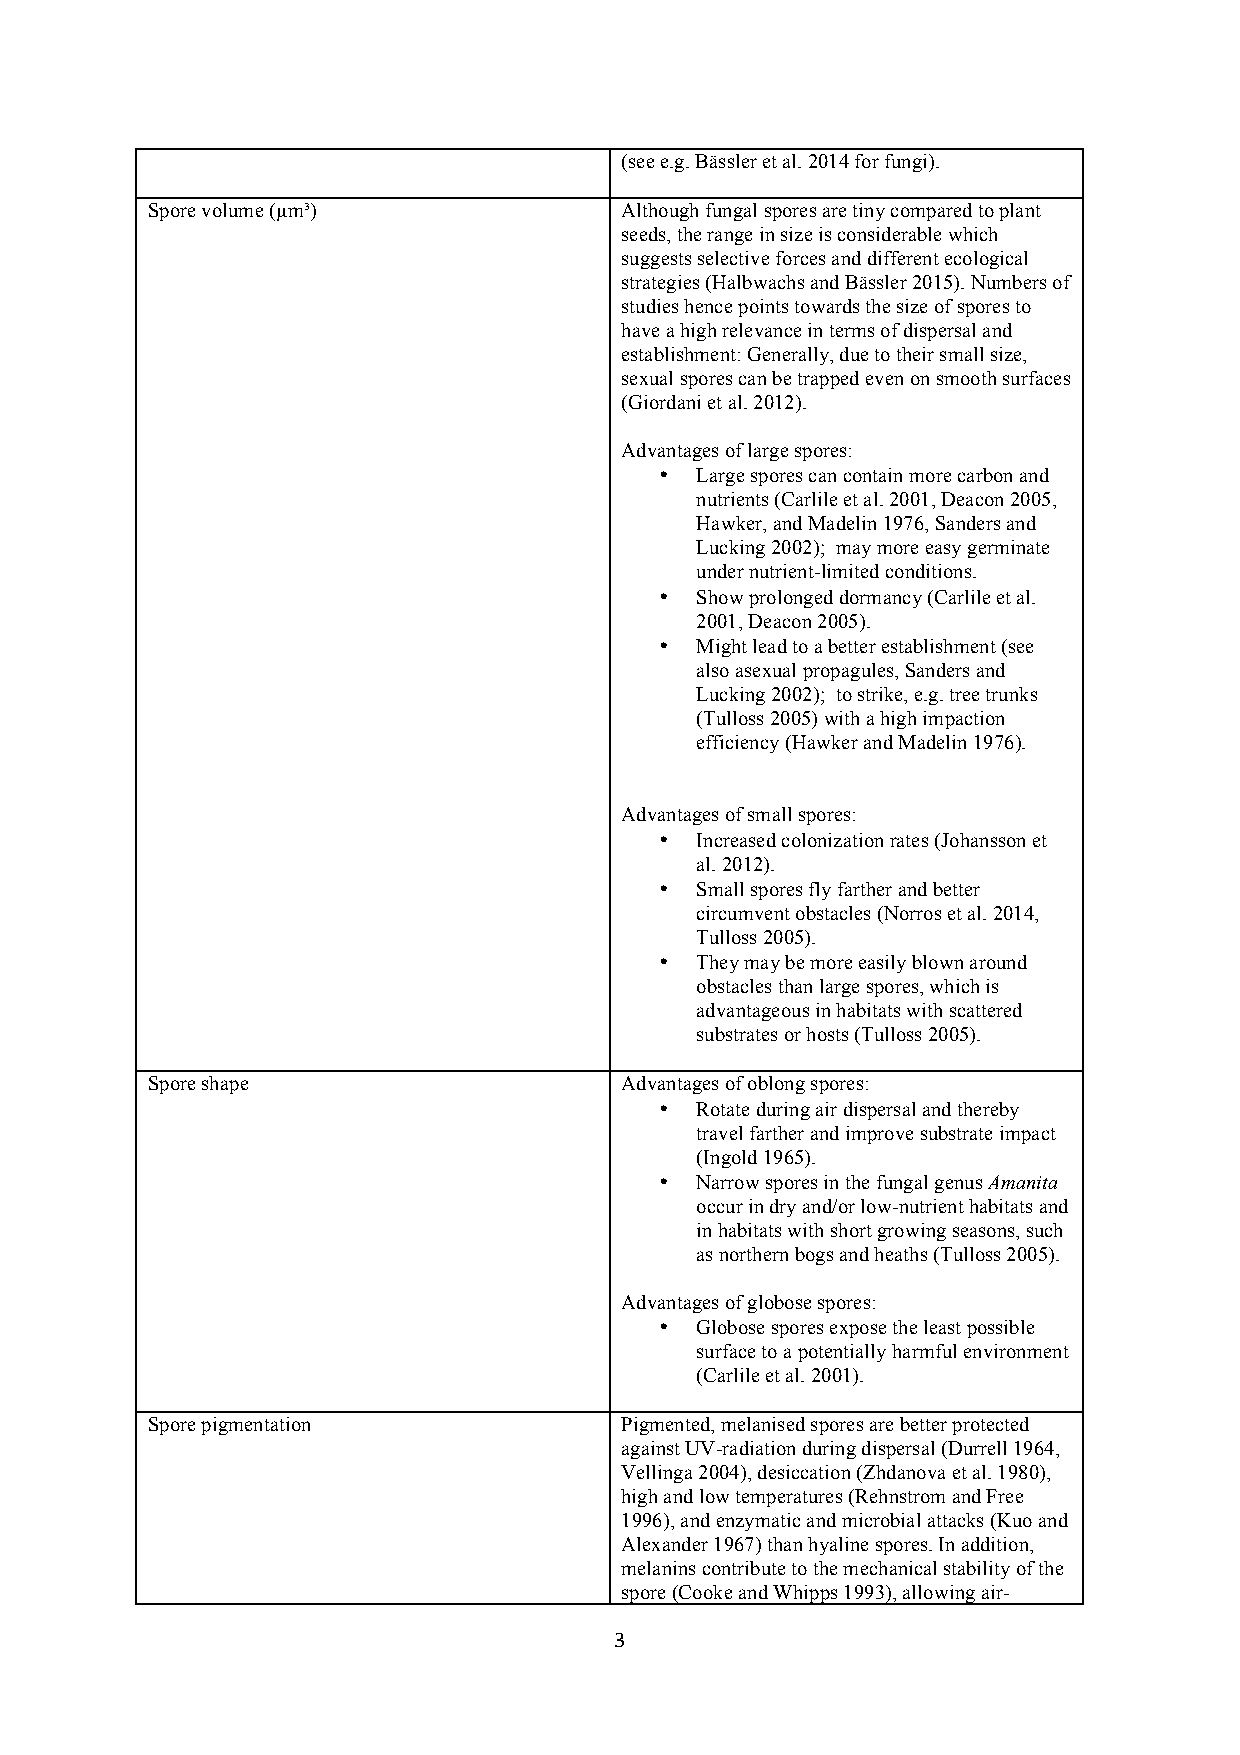
(see e.g. Bässler et al. 2014 for fungi).
 Spore volume (µm³)             Although fungal spores are tiny compared to plant
 seeds, the range in size is considerable which
 suggests selective forces and different ecological
 strategies (Halbwachs and Bässler 2015). Numbers of
 studies hence points towards the size of spores to
 have a high relevance in terms of dispersal and
 establishment: Generally, due to their small size,
 sexual spores can be trapped even on smooth surfaces
 (Giordani et al. 2012).
 Advantages of large spores:
 • Large spores can contain more carbon and
 nutrients (Carlile et al. 2001, Deacon 2005,
 Hawker, and Madelin 1976, Sanders and
 Lucking 2002); may more easy germinate
 under nutrient-limited conditions.
 • Show prolonged dormancy (Carlile et al.
 2001, Deacon 2005).
 • Might lead to a better establishment (see
 also asexual propagules, Sanders and
 Lucking 2002); to strike, e.g. tree trunks
 (Tulloss 2005) with a high impaction
 efficiency (Hawker and Madelin 1976).
 Advantages of small spores:
 • Increased colonization rates (Johansson et
 al. 2012).
 • Small spores fly farther and better
 circumvent obstacles (Norros et al. 2014,
 Tulloss 2005).
 • They may be more easily blown around
 obstacles than large spores, which is
 advantageous in habitats with scattered
 substrates or hosts (Tulloss 2005).
 Spore shape                    Advantages of oblong spores:
 • Rotate during air dispersal and thereby
 travel farther and improve substrate impact
 (Ingold 1965).
 • Narrow spores in the fungal genus Amanita
 occur in dry and/or low-nutrient habitats and
 in habitats with short growing seasons, such
 as northern bogs and heaths (Tulloss 2005).
 Advantages of globose spores:
 • Globose spores expose the least possible
 surface to a potentially harmful environment
 (Carlile et al. 2001).
 Spore pigmentation             Pigmented, melanised spores are better protected
 against UV-radiation during dispersal (Durrell 1964,
 Vellinga 2004), desiccation (Zhdanova et al. 1980),
 high and low temperatures (Rehnstrom and Free
 1996), and enzymatic and microbial attacks (Kuo and
 Alexander 1967) than hyaline spores. In addition,
 melanins contribute to the mechanical stability of the
 spore (Cooke and Whipps 1993), allowing air-
 3